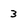
Character: 3